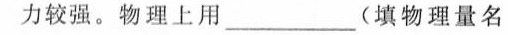
力较强。物理上用___(填物理量名